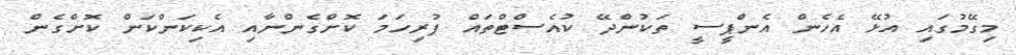
މިގޭމުގައި އުޅޭ އެހެން އެންޕީސީ ތަކުންދޭ ކުއެސްޓްތައް ފުރިހަމަ ކޮށްގެންނާއި އެކިކަންކަން ކޮށްގެން